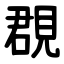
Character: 覠